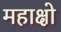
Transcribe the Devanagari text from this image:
महाक्षो